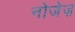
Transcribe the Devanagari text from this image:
नोजेज़